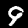
Digit: 9